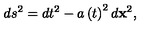
d s ^ { 2 } = d t ^ { 2 } - a \left( t \right) ^ { 2 } d \mathbf { x } ^ { 2 } ,